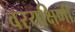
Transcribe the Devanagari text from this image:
वरयक्षिणी